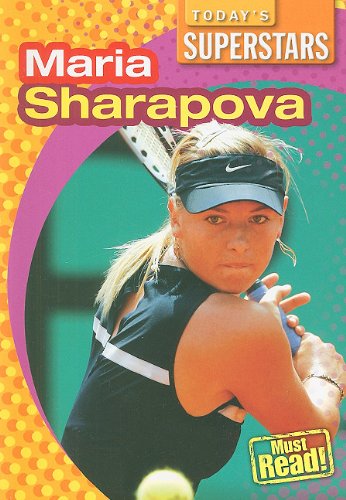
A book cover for Maria Sharapova (Today's Superstars); Mark Stewart; Children's Books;